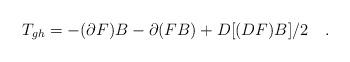
LaTeX: \begin{align*}T_{gh}=-(\partial F)B-\partial(FB)+D[(DF)B]/2 \quad.\end{align*}